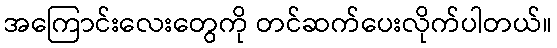
အကြောင်းလေးတွေကို တင်ဆက်ပေးလိုက်ပါတယ်။